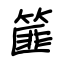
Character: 篚